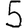
Digit: 5